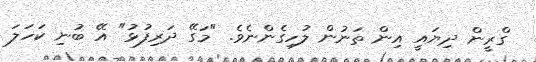
ގްރީން ދިޔައީ އިން ތަނުން ލުހިގެންނެވެ. "މަގޭ ދަރިފުޅު" އޭ ބުނި ކަހަލަ